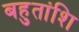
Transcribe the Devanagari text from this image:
बहुतांशि